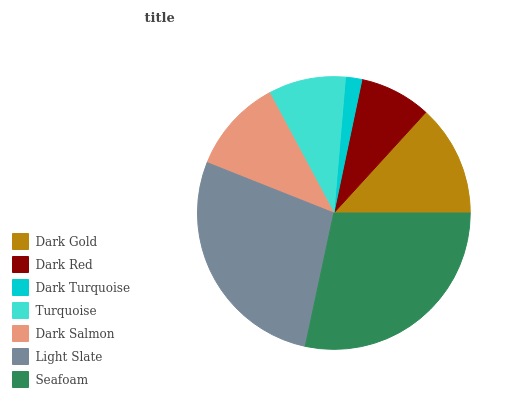
| Dark Gold | Dark Red | Dark Turquoise | Turquoise | Dark Salmon | Light Slate | Seafoam |
 | --- | --- | --- | --- | --- | --- | --- |
 | 13.2% | 8.48% | 1.94% | 9.17% | 11.2% | 27.7% | 28.3% |